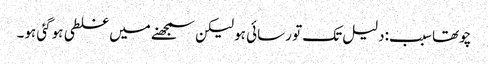
چوتھا سبب:دلیل تک تو رسائی ہو لیکن سمجھنے میں غلطی ہوگئی ہو۔